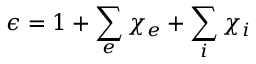
\epsilon = 1 + \sum _ { e } \chi _ { e } + \sum _ { i } \chi _ { i }